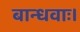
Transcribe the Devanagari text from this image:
बान्धवाः।